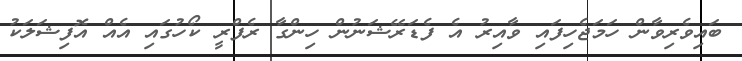
ބައިވެރިވާން ހަމަޖެހިފައި ވާއިރު އެ ފެޑަރޭޝަނުން ހިންގާ ރެފްރީ ކޯހުގައި އެއް އޮފިޝަލަކު